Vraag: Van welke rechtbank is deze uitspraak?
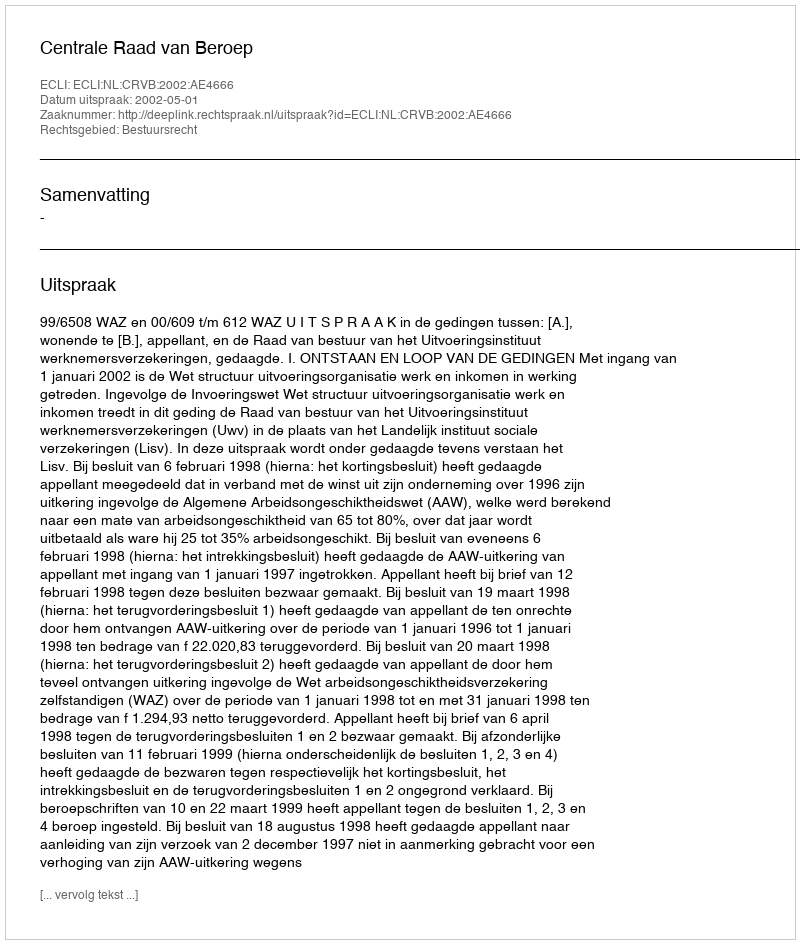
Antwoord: Centrale Raad van Beroep